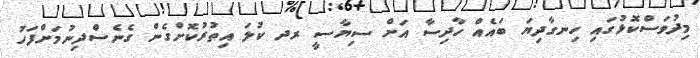
މިދުވަސްކޮޅުގައި ހިނގާދިޔަ ބައެއް ހާދިސާ އަށް ސިޔާސީ ރދ ކުލަ އިތުރުކޮށްގެން ގެނެސްދިނުމަށްފަހު